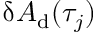
\updelta A _ { \mathrm { d } } ( \tau _ { j } )